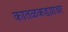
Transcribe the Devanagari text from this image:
कातळकडय़ावर